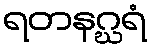
ရတနဂ္ဃရံ